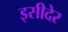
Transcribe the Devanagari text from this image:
इसीदेर